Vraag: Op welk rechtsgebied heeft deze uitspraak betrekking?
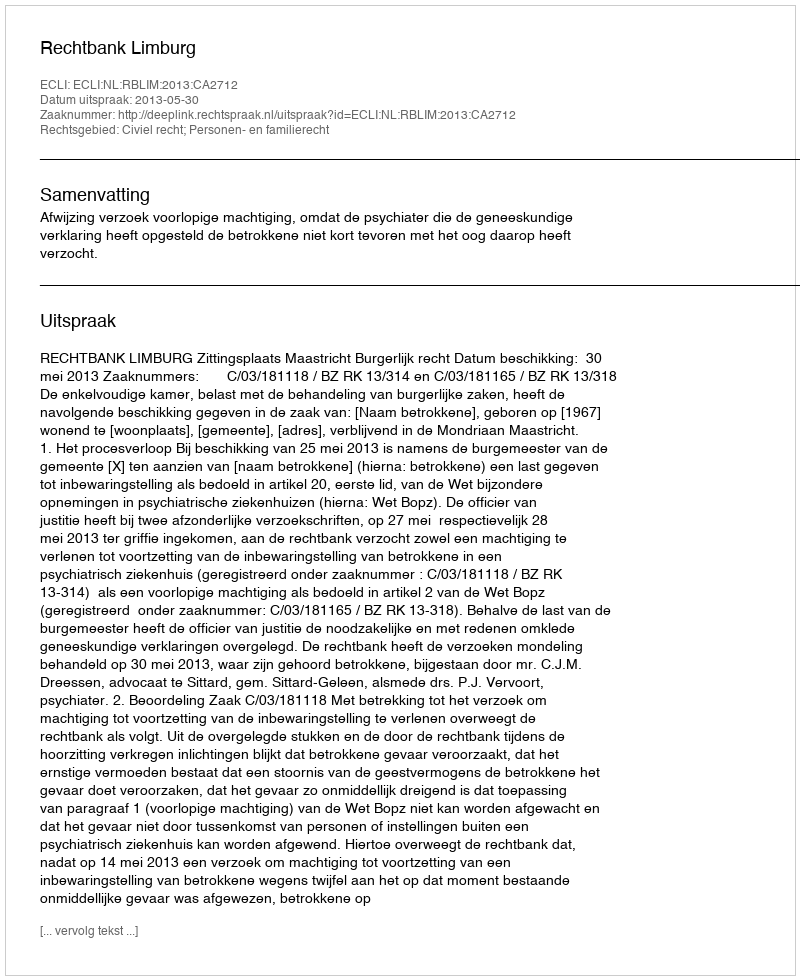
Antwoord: Civiel recht; Personen- en familierecht